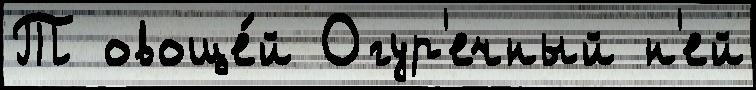
Т овоще́й Огур'ечный н'ей